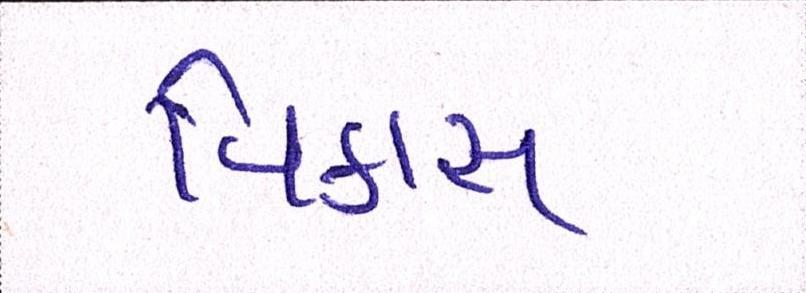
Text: વિકાસ